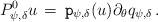
LaTeX: \begin{align*} P^{ 0}_{ \psi, \delta} u\, =\,\mathtt{p}_{ \psi, \delta} (u) \partial_{ \theta}q_{ \psi, \delta} \, .\end{align*}